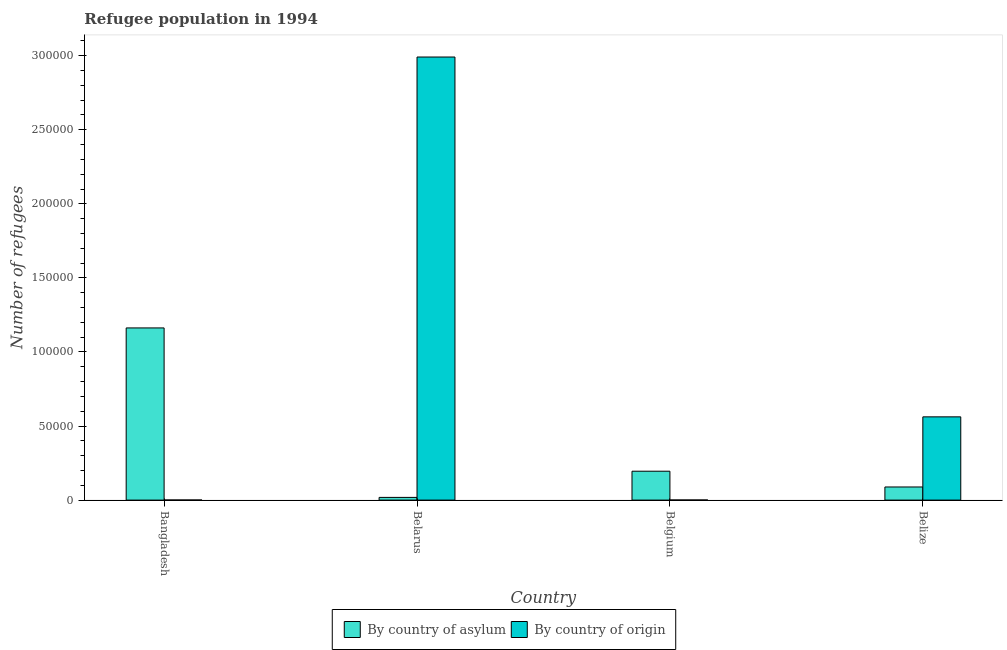
| Country | By country of asylum | By country of origin |
 | --- | --- | --- |
 | Bangladesh | 1.16e+05 | 60 |
 | Belarus | 1.82e+03 | 2.99e+05 |
 | Belgium | 1.95e+04 | 75 |
 | Belize | 8.86e+03 | 5.62e+04 |